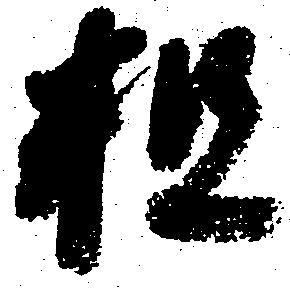
粗